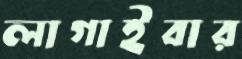
লাগাইবার